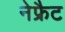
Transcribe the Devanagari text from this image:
नेफ्रैट